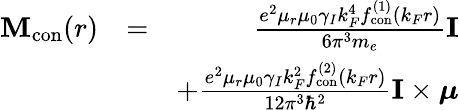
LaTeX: \begin{array}{rlr}{\mathbf{M}_{\mathrm{con}}(r)}&{=}&{\frac{e^{2}\mu_{r}\mu_{0}\gamma_{I}k_{F}^{4}f_{\mathrm{con}}^{(1)}\left(k_{F}r\right)}{6\pi^{3}m_{e}}\mathbf{I}}\\ &{}&{+\frac{e^{2}\mu_{r}\mu_{0}\gamma_{I}k_{F}^{2}f_{\mathrm{con}}^{(2)}\left(k_{F}r\right)}{12\pi^{3}\hbar^{2}}{\mathbf{I}\times\boldsymbol{\mu}}}\end{array}